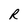
Character: R